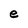
Character: e